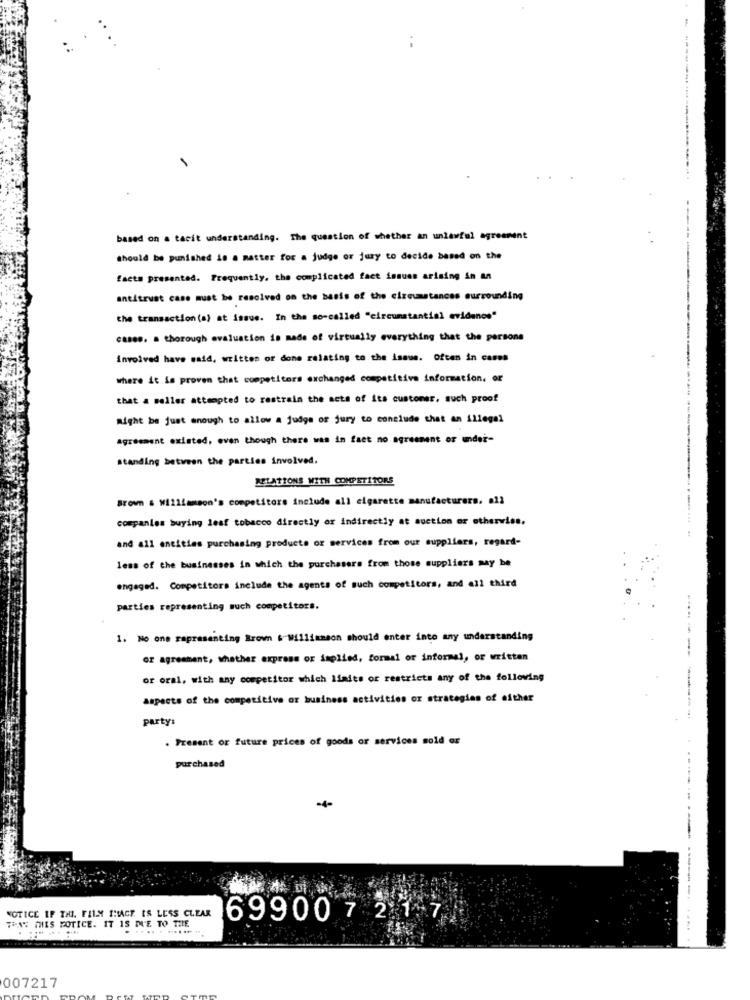
based on a tacit understanding. The question of whether an unlawful agreement
should be punished is a matter for a judge or jury to decide based on the
facts presented. Frequently, the complicated fact issues arising in an
antitrust cane must be resolved on the basis of the circumstances surrounding
the transaction(a) at issue. In the so-called "circunstantial evidence"
case .. a thorough evaluation is made of virtually everything that the persons
involved have said, written or done relating to the issue. Often in cases
where it is proven that competitors exchanged competitive information. or
that a seller attempted to restrain the acts of its customer, such proof
might be just enough to allow a judge of jury to conclude that an illegal
agreement existed, even though there was in fact no agreement or under-
standing between the parties involved.
RELATIONS WITH COMPETITORS
Brown & Williamson's competitors include all cigarette manufacturers. all
companies buying leaf tobacco directly or indirectly at auction or otherwise.
and all entities purchasing products or services from our suppliers, regard-
less of the businesses in which the purchasers from those suppliers may be
engaged. Competitors include the agents of such competitors, and all third
parties representing much competitors.
1. No one representing Brown &-Williamson should enter into any understanding
Gr agreement, whether express or implied, formal or informal, or written
or oral, with any competitor which limits or restricts any of the following
aspects of the competitive or business activities or strategies of either
party:
---------
. Present or future prices of goods or services sold or
purchased
-4-
NOTICE IF THI. FILM SHACE. IS LESS CLEAR
TONS MIIS POTICE. IT IS DUE TO THE
699007 2 1-7
007217